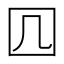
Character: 𭍚